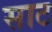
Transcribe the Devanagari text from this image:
साट